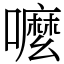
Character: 嚒